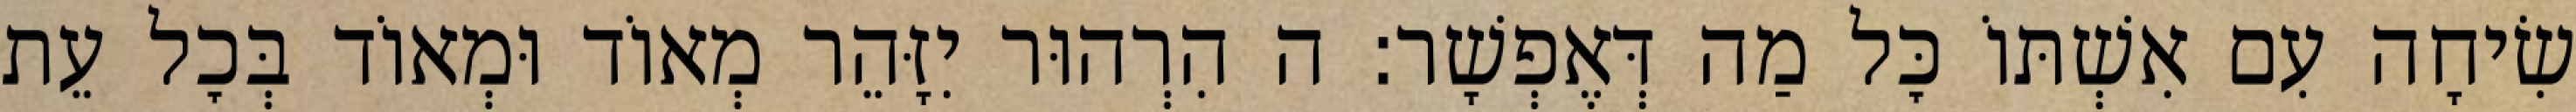
שִׂיחָה עִם אִשְׁתּוֹ כׇּל מַה דְּאֶפְשָׁר: ה הִרְהוּר יִזָּהֵר מְאוֹד וּמְאוֹד בְּכׇל עֵת